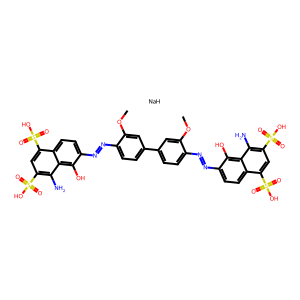
SMILES: COc1cc(-c2ccc(N=Nc3ccc4c(S(=O)(=O)O)cc(S(=O)(=O)O)c(N)c4c3O)c(OC)c2)ccc1N=Nc1ccc2c(S(=O)(=O)O)cc(S(=O)(=O)O)c(N)c2c1O.[NaH]
Inhibits HIV replication: Yes